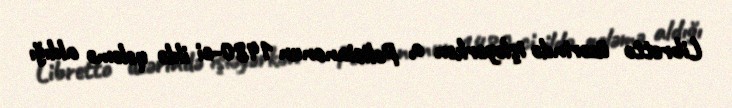
Libretto üzərində işləyərkən o, Polisianonun 1480-ci ildə qələmə aldığı